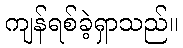
ကျန်ရစ်ခဲ့ရှာသည်။